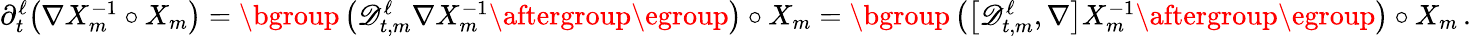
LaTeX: \begin{array}{r}{\partial_{t}^{\ell}\bigl(\nabla X_{m}^{-1}\circ X_{m}\bigr)=\mathopen{}\mathclose\bgroup\left(\mathscr{D}_{t,m}^{\ell}\nabla X_{m}^{-1}\aftergroup\egroup\right)\circ X_{m}=\mathopen{}\mathclose\bgroup\left(\bigl[\mathscr{D}_{t,m}^{\ell},\nabla\bigr]X_{m}^{-1}\aftergroup\egroup\right)\circ X_{m}\, .}\end{array}